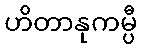
ဟိတာနုကမ္ပီ